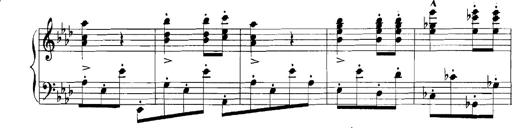
Title: Rhapsodies hongroises
Composer: Franz Liszt